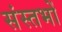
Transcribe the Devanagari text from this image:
संस्तभों